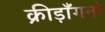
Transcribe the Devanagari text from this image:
क्रीड़ाँगनो